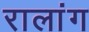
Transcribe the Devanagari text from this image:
रालांग